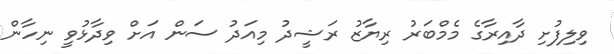
ވިލިފުށި ދާއިރާގެ މެމްބަރު ރިޔާޒު ރަޝީދު މިއަދު ސަން އަށް ވިދާޅުވީ ނިހާން